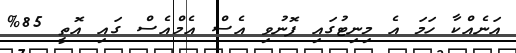
އަނެއްކާ ހަމަ އެ މިނިޓުގައި ފޮނުވި އެސް އެމްއެސް ގައި އޮތީ 85%